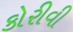
કોરીવી